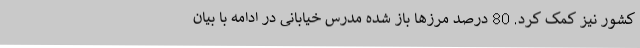
کشور نیز کمک کرد. 80 درصد مرزها باز شده مدرس خیابانی در ادامه با بیان